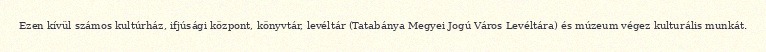
Ezen kívül számos kultúrház, ifjúsági központ, könyvtár, levéltár (Tatabánya Megyei Jogú Város Levéltára) és múzeum végez kulturális munkát.